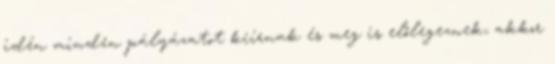
idén minden pályázatot kiírnak és meg is előlegeznek, akkor